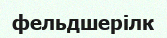
фельдшерілк